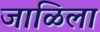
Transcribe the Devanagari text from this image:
जाळिला